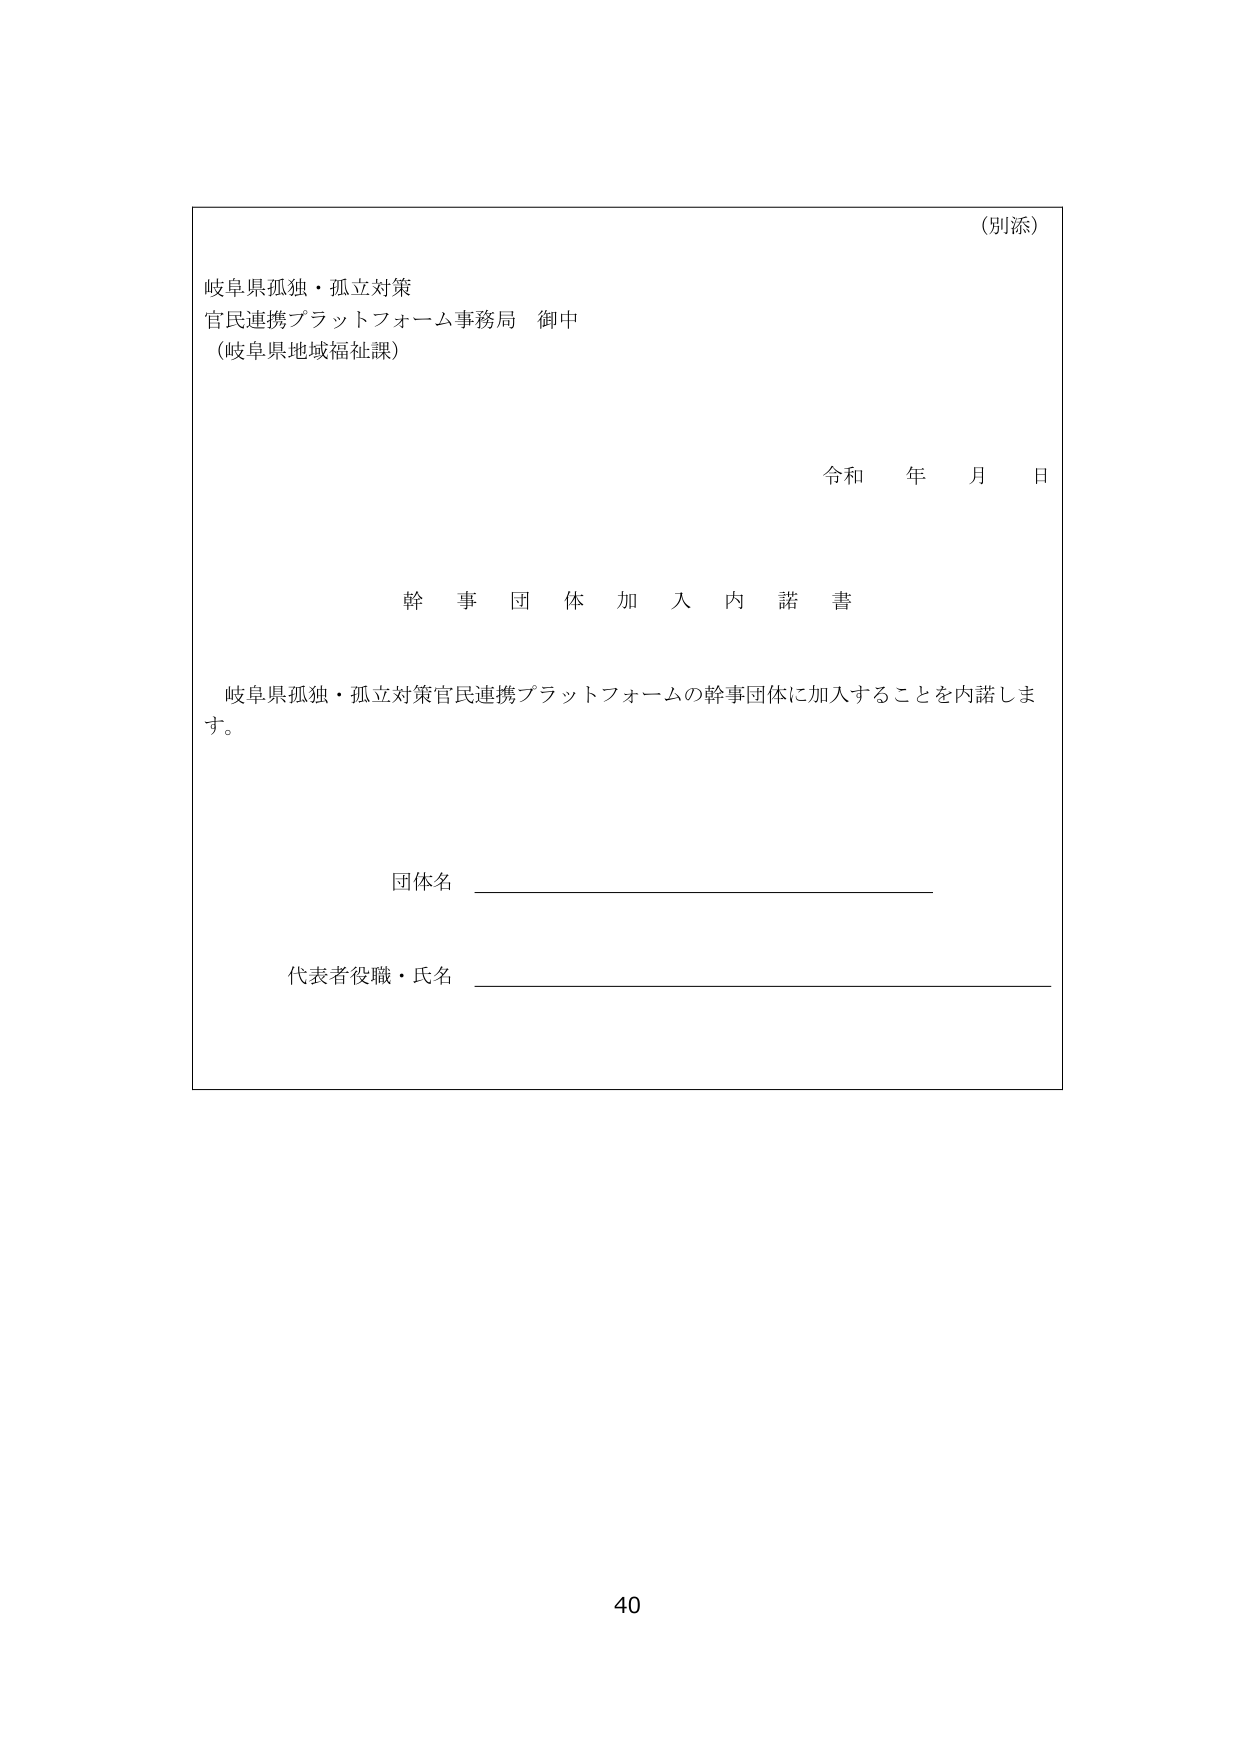
（別添）

岐阜県孤独・孤立対策
官民連携プラットフォーム事務局 御中
（岐阜県地域福祉課）

令和 年 月 日

幹 事 団 体 加 入 内 諾 書

岐阜県孤独・孤立対策官民連携プラットフォームの幹事団体に加入することを内諾します。

団体名 ___________________________

代表者役職・氏名 ___________________________

40